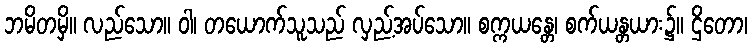
ဘမိတမှိ။ လည်သော။ ဝါ၊ တယောက်သူသည် လှည့်အပ်သော။ စက္ကယန္တေ၊ စက်ယန္တယား၌။ ဌိတော၊